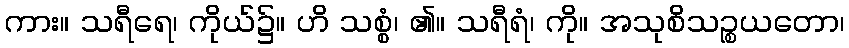
ကား။ သရီရေ၊ ကိုယ်၌။ ဟိ သစ္စံ၊ ၏။ သရီရံ၊ ကို။ အသုစိသဉ္စယတော၊